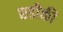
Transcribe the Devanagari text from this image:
छ्डीकी